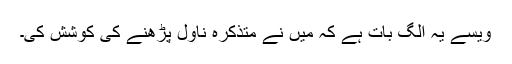
ویسے یہ الگ بات ہے کہ میں نے متذکرہ ناول پڑھنے کی کوشش کی۔